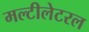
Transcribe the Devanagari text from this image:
मल्टीलेटरल